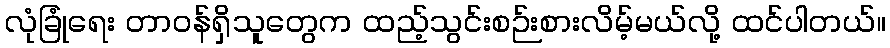
လုံခြုံရေး တာဝန်ရှိသူတွေက ထည့်သွင်းစဉ်းစားလိမ့်မယ်လို့ ထင်ပါတယ်။